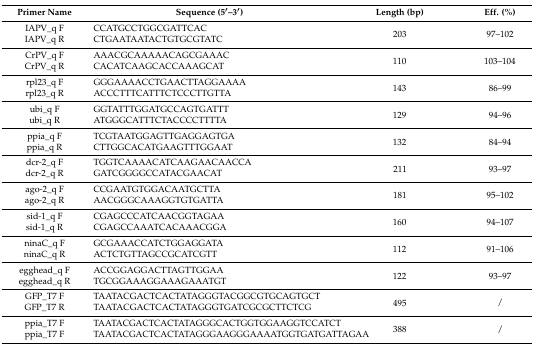
| Primer Name | Sequence (5′–3′) | Length (bp) | Eff. (%) |
 | --- | --- | --- | --- |
 | IAPV_q F | CCATGCCTGGCGATTCAC | <ROWSPAN=2> 203 | <ROWSPAN=2> 97–102 |
 | IAPV_q R | CTGAATAATACTGTGCGTATC |
 | CrPV_q F | AAACGCAAAAACAGCGAAAC | <ROWSPAN=2> 110 | <ROWSPAN=2> 103–104 |
 | CrPV_q R | CACATCAAGCACCAAAGCAT |
 | rpl23_q F | GGGAAAACCTGAACTTAGGAAAA | <ROWSPAN=2> 143 | <ROWSPAN=2> 86–99 |
 | rpl23_q R | ACCCTTTCATTTCTCCCTTGTTA |
 | ubi_q F | GGTATTTGGATGCCAGTGATTT | <ROWSPAN=2> 129 | <ROWSPAN=2> 94–96 |
 | ubi_q R | ATGGGCATTTCTACCCCTTTTA |
 | ppia_q F | TCGTAATGGAGTTGAGGAGTGA | <ROWSPAN=2> 132 | <ROWSPAN=2> 84–94 |
 | ppia_q R | CTTGGCACATGAAGTTTGGAAT |
 | dcr-2_q F | TGGTCAAAACATCAAGAACAACCA | <ROWSPAN=2> 211 | <ROWSPAN=2> 93–97 |
 | dcr-2_q R | GATCGGGGCCATACGAACAT |
 | ago-2_q F | CCGAATGTGGACAATGCTTA | <ROWSPAN=2> 181 | <ROWSPAN=2> 95–102 |
 | ago-2_q R | AACGGGCAAAGGTGTGATTA |
 | sid-1_q F | CGAGCCCATCAACGGTAGAA | <ROWSPAN=2> 160 | <ROWSPAN=2> 94–107 |
 | sid-1_q R | CGAGCCAAATCACAAACGGA |
 | ninaC_q F | GCGAAACCATCTGGAGGATA | <ROWSPAN=2> 112 | <ROWSPAN=2> 91–106 |
 | ninaC_q R | ACTCTGTTAGCCGCATCGTT |
 | egghead_q F | ACCGGAGGACTTAGTTGGAA | <ROWSPAN=2> 122 | <ROWSPAN=2> 93–97 |
 | egghead_q R | TGCGGAAAGGAAAGAAATGT |
 | GFP_T7 F | TAATACGACTCACTATAGGGTACGGCGTGCAGTGCT | <ROWSPAN=2> 495 | <ROWSPAN=2> / |
 | GFP_T7 R | TAATACGACTCACTATAGGGTGATCGCGCTTCTCG |
 | ppia_T7 F | TAATACGACTCACTATAGGGCACTGGTGGAAGGTCCATCT | <ROWSPAN=2> 388 | <ROWSPAN=2> / |
 | ppia_T7 F | TAATACGACTCACTATAGGGAAGGGAAAATGGTGATGATTAGAA |